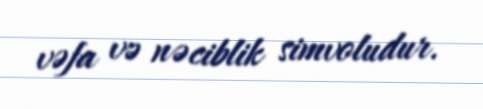
vəfa və nəciblik simvoludur.